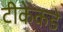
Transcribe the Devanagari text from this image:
टीकेकडे